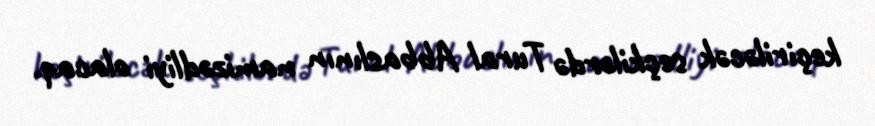
keçiriləcək seçkilərdə Tural Abbaslının namizədliyi olacaq.